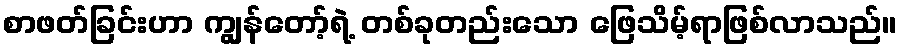
စာဖတ်ခြင်းဟာ ကျွန်တော့်ရဲ့ တစ်ခုတည်းသော ဖြေသိမ့်ရာဖြစ်လာသည်။